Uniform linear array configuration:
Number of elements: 12
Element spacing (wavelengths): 0.25
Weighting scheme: exponential
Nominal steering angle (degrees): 45
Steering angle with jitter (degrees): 43.802
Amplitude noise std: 0.05
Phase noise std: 0.05

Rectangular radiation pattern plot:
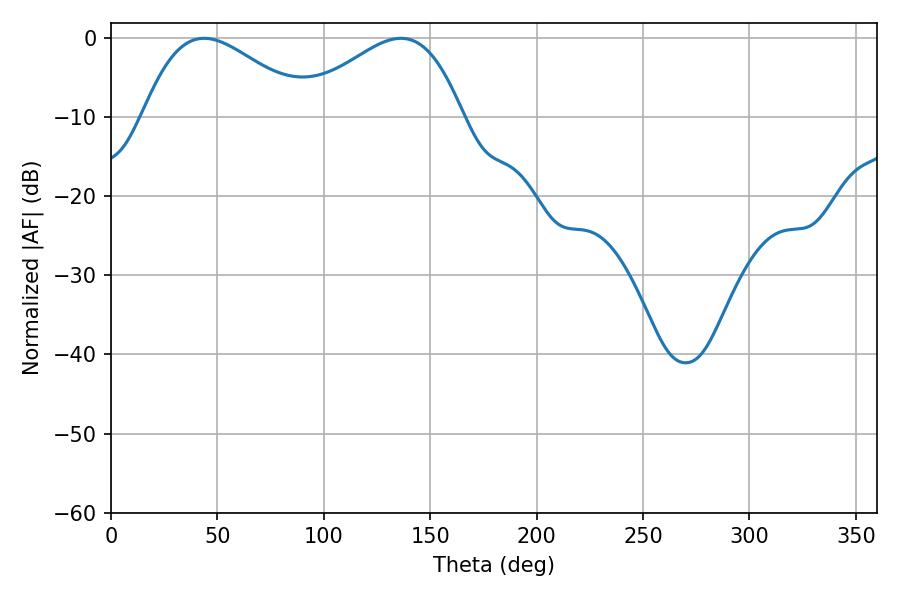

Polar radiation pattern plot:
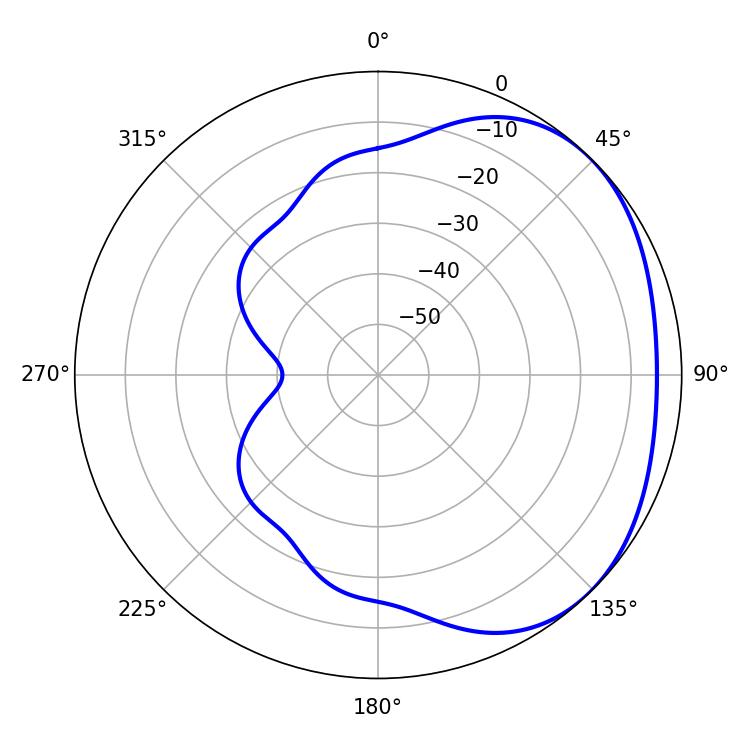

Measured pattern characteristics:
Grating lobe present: FALSE
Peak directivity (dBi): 2.388
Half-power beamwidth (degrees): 41.76
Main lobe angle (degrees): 43.74